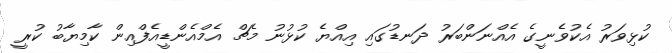
ކުޅިވަރު އެކުވެނީގެ އެއްނަންބަރު ދަނޑުގައި އިއްޔެ ކުޅުނު މެޗް އެމްއެންޑީއެފްއިން ކާމިޔާބު ކުރީ